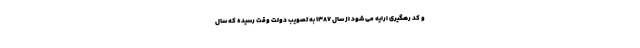
و کد رهگیری ارایه می شود از سال ۱۳۸۷ به تصویب دولت وقت رسیده که سال